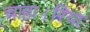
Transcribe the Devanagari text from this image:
चाहा।रिया